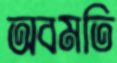
অবমতি